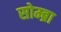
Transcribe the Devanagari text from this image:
सोम्ब्रा